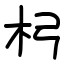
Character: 杛